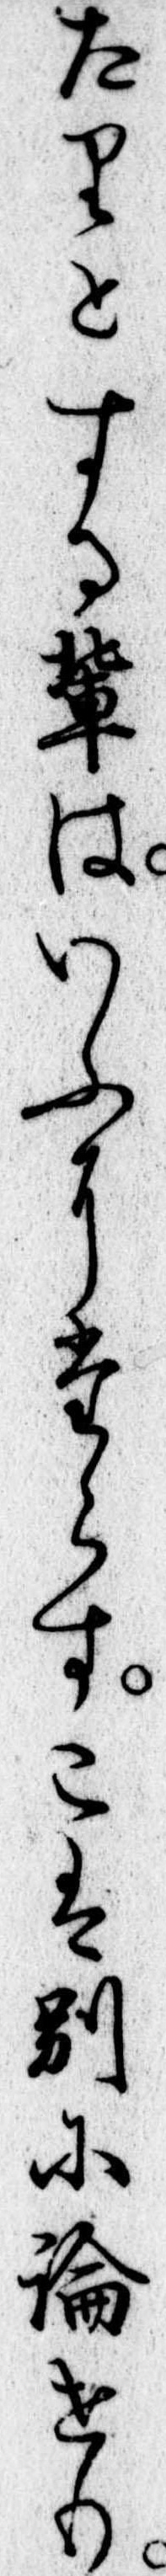
たりとする輩はいふにたらすこは別に論せり